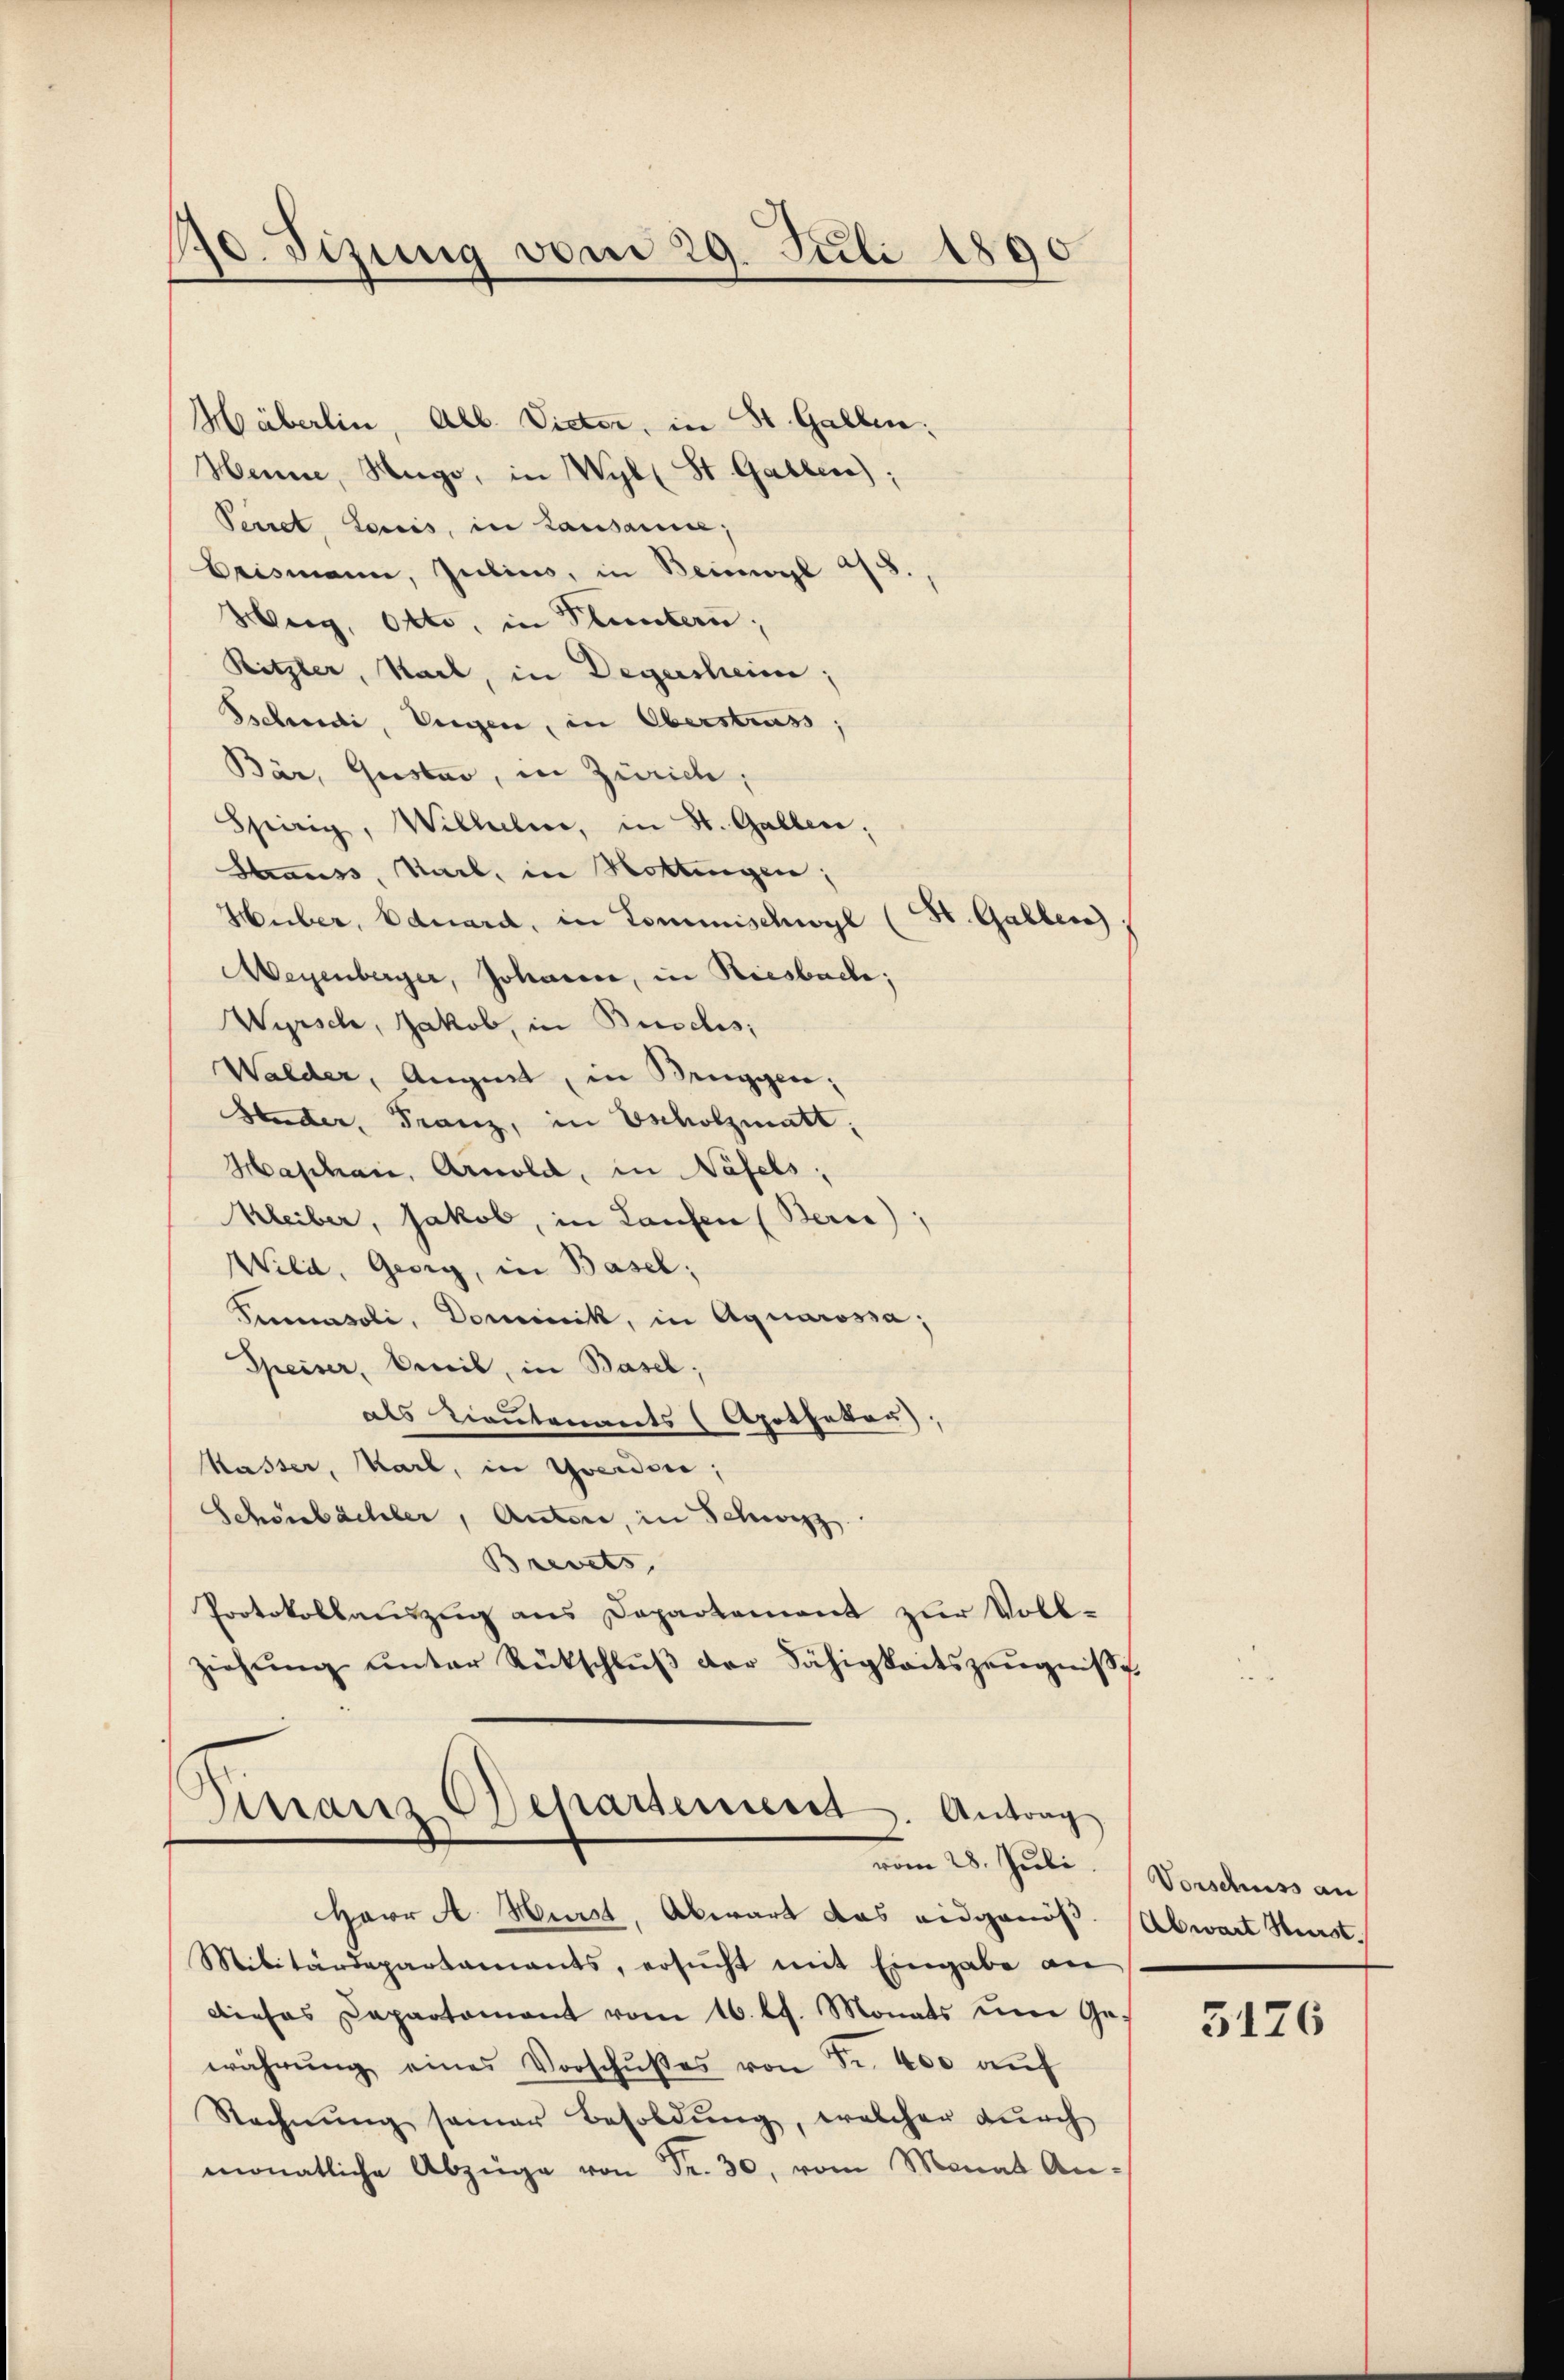
170. Sizung vom 29. Juli 1890

Häberlin, Alb. Victor, in St. Gallen:
Henne, Nago, in Wyll St. Gallen)
Peiret, Louis, in Lausanne;
Brismann, Julius, in Beiogl 4/5.
Herg, Otto, in Bluntern;
Ritzler, Sail, in Degersheim;
Behrndi, Wegen, in Oberstrass;
Bär, Gustav, in Zürich,
Spirig, Wilhelm, in St. Gallen.
Krauss, Sail, in Rottingen;
St. Gallen.
Huber, Eduard, in Commischwyl
Weyenberger, Johann, in Riesbach;
Wyrsch, Jakob, in Buschs:
Walder, August, in Bruggen;
Hader, Franz, in Escholzmatt,
Haschan, Arnold, in Näfels,
Kleiber, Jakob, in Laufen (Bern),
Wild, Georg, in Basel;
Simsoli, Dominik, in Aquarossa;
Speiser, beweil, in Basel;
als Lieutenants (Apothekar
Kasser, Karl, in Yverden;
Schönbächler, Autore, in Schwyz
Brevets
Protokollauszug aus Departement zur Vollziehung unter Rückschluß der Fähigkeitszeugnisse

Dinanz-Deparsement. Antrag
vom 28. Juli.

Herr A. Hurst, Abwart das eidgenöß
Militärdepartamants, ersŭcht mit Eingabe an
Dieses Departament vom 16. lt. Monats um Ge-
währŭng eines Vorschŭβes von Fr. 400 aŭf
Rechnŭng seiner Besoldŭng, welcher durch
monatliche Abzüge von Fr. 30, vom Monat An-

Vorschuss an
Abwart Hurst.

5176